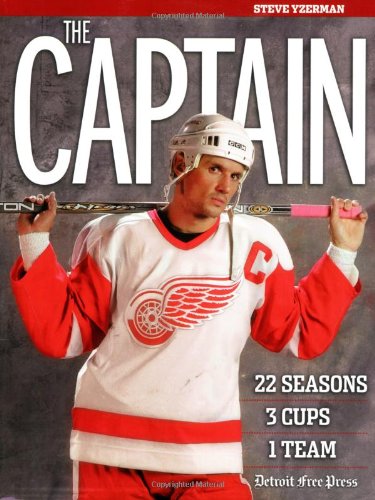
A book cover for The Captain; Detroit Free Press; Biographies & Memoirs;